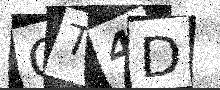
Text: QT4D